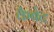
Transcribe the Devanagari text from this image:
कैबेट